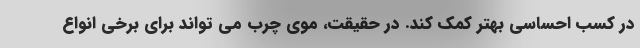
در کسب احساسی بهتر کمک کند. در حقیقت، موی چرب می تواند برای برخی انواع